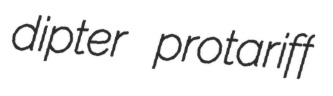
dipter protariff